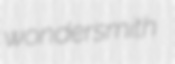
wondersmith